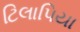
ટિલાપિયા